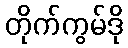
တိုက်ကွမ်ဒို